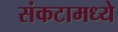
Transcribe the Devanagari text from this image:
संकटामध्ये